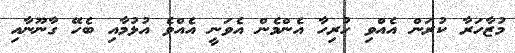
މުޒާހަރާ ކުރަން އެއްވި ހުރިހާ އެންމެން އެވަނީ އެއްވެ އުޅުމާއި ބެހޭ ގާނޫނާއި